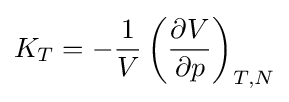
K_{T}=-{1 \over V}\left({\partial V \over \partial p}\right)_{T,N}